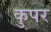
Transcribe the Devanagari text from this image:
कुपर